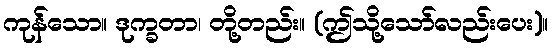
ကုန်သော။ ဒုက္ခတာ၊ တို့တည်း။ (ဤသို့သော်လည်းပေး)။